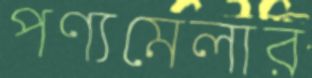
পণ্যমেলার